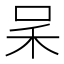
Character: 𠰓